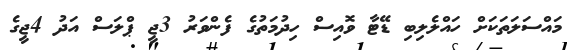
މައްސަލަތަކަށް ހައްލެލިބި ޑޭޓާ ވޮއިސް ހިދުމަތުގެ ފެންވަރު 3ޖީ ޕްލަސް އަދު 4ޖީގެ